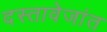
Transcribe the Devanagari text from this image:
दस्तावेजांत